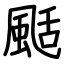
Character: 颳